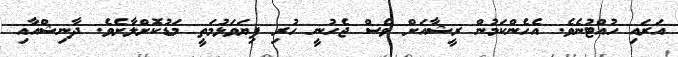
އަރައި ހުއްޓުނެވެ. އެހެންކަމުން ރީޝާއަށް ވެސް ޖެހުނީ ހުރި ފިޔަވަޅުމަތީ މަޑުކޮށްލާށެވެ. ދާނިޝްއާއި